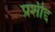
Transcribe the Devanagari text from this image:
प्रशीद्द